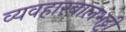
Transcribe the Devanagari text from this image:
व्यवहारबालभट्टी